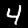
Label: 4